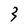
Character: 3